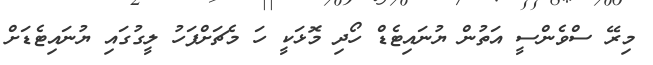
މިރޭ ސްވެންސީ އަތުން ޔުނައިޓެޑް ހޯދި މޮޅަކީ ހަ މެޗަށްފަހު ލީގުގައި ޔުނައިޓެޑަށް